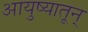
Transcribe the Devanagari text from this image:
आयुष्यातून्